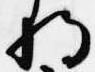
将